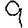
Digit: 9